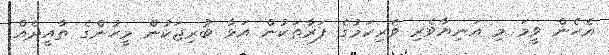
އެހެން ވީމަ މި އަނިޔާވެރި ވެރިކަމުގެ ފަރާތަކުން އަޅާ ބުރިޖަކުން މީހުންގެ ތާއީދެއް